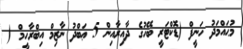
މުޙައްމަދު ހަނީފް (ޑޮކްޓަރީ ބޭހުގެ ދާއިރާއިން 5 ޢަބްދު ނާޒިމް އިބްރާހީމް (